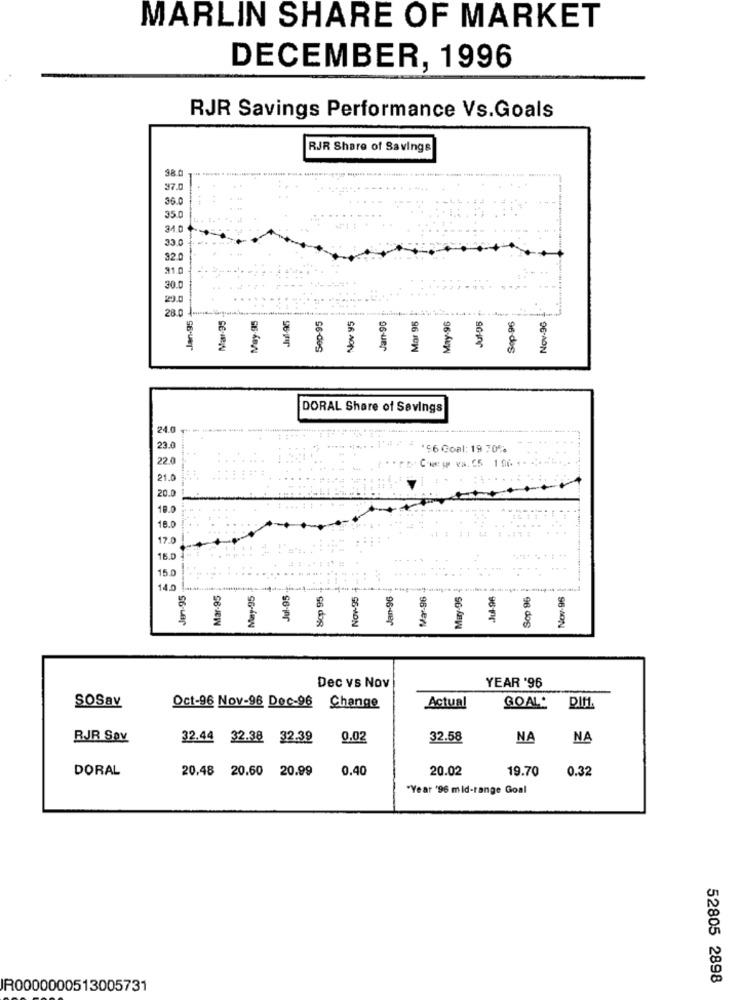
MARLIN SHARE OF MARKET
DECEMBER, 1996
RJR Savings Performance Vs.Goals
RJR Share of Savings
98.
37.0
36.0
35.
33.0
32.
310
30.0
29.0
28.0
May-95
Sep-95
Nov 95
May-96
Jul-05
Sop-96
Nov-96
Jan-95
Jul-95
Jan-96
Mar 95
DORAL Share of Savings
24.0
23.
*56 Goal: 19 70%
22.0
Pr Cww ww. 65 1.96
21.0
20.0
19.0
18.0
17.0
15.0
15.0
140
Jen-95
Mar-95
May-95
Jul-95
Sop 95
Nov-95
Jan-96
Mar-96
Mary-95
Jul-96
Sop 96
Nov-96
Dec vs Nov
YEAR '96
SOSav
Oct-96 Nov-96 Dec-96 Change
Actual
GOAL:
RJR Sav
32.44 32.38 32.39
0.02
32.58
NA
NA
DORAL
20,48 20.60 20.99
0.40
20.02
19.70
0.32
"Year '96 mid-range Goal
52805 2898
IR0000000513005731